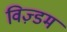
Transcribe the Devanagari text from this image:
विज़्डम